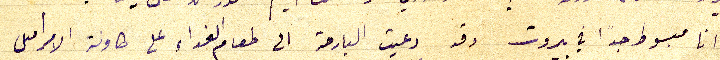
انا مبسوط جدًا في بيروت وقد دعيت البارحة الى طعام الغداء على طاولة الامير اميل